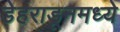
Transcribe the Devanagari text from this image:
डेहराडूनमध्ये